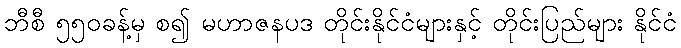
ဘီစီ ၅၅၀ခန့်မှ စ၍ မဟာဇနပဒ တိုင်းနိုင်ငံများနှင့် တိုင်းပြည်များ နိုင်ငံ